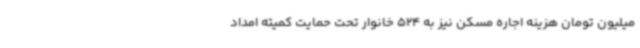
میلیون تومان هزینه اجاره مسکن نیز به 524 خانوار تحت حمایت کمیته امداد